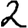
Digit: 2